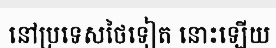
នៅប្រទេសថៃទៀត នោះឡើយ